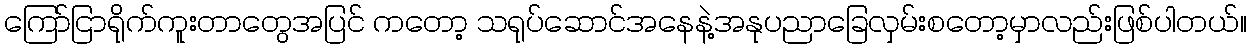
ကြော်ငြာရိုက်ကူးတာတွေအပြင် ကတော့ သရုပ်ဆောင်အနေနဲ့အနုပညာခြေလှမ်းစတော့မှာလည်းဖြစ်ပါတယ်။